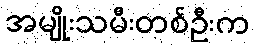
အမျိုးသမီးတစ်ဦးက